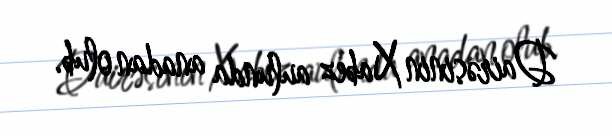
Dairəsinin Xabez aulunda anadan olub.